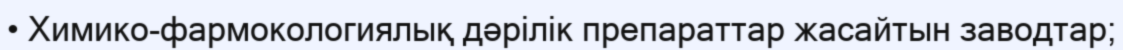
• Химико-фармокологиялық дәрілік препараттар жасайтын заводтар;